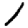
Digit: 1